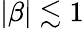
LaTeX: |\beta|\lesssim 1